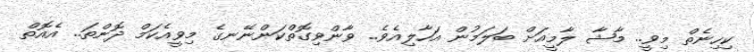
ކިހިނެތް މިވީ.. މާޝާ ލާމީއަށް ބަލަމުން އަހާލިއެވެ.. ވާންވިގޮތްކަންނޭނގެ މިވީއެކަމް ދޮންތަ.. އެއޮތް